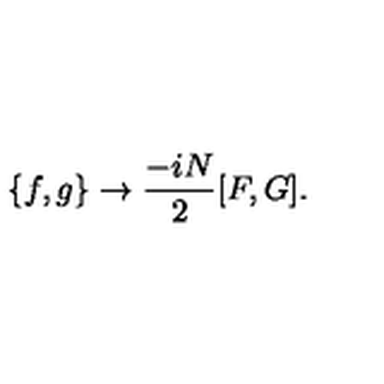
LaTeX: \{ f , g \} \rightarrow \frac { - i N } { 2 } [ F , G ] .